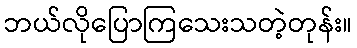
ဘယ်လိုပြောကြသေးသတဲ့တုန်း။